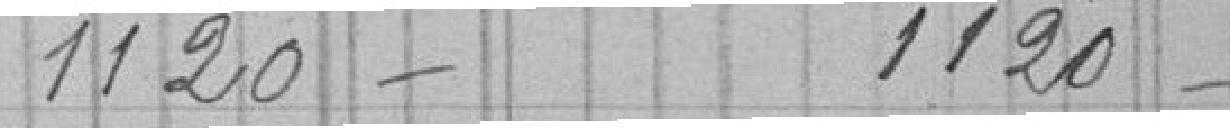
1120 -        1120 -